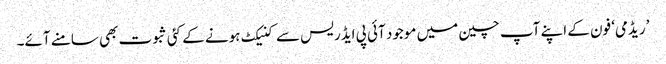
’ریڈمی‘ فون کے اپنے آپ چین میں موجود آئی پی ایڈریس سے کنیکٹ ہونے کے کئی ثبوت بھی سامنے آئے۔